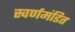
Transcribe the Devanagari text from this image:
स्वर्णमंडित